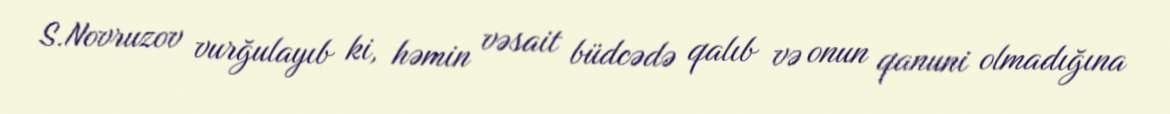
S.Novruzov vurğulayıb ki, həmin vəsait büdcədə qalıb və onun qanuni olmadığına